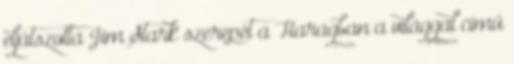
eljátszotta Jim Stark szerepét a Haragban a világgal című